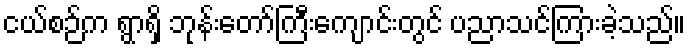
ငယ်စဉ်က ရွာရှိ ဘုန်းတော်ကြီးကျောင်းတွင် ပညာသင်ကြားခဲ့သည်။